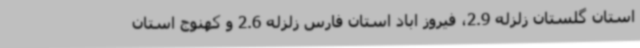
استان گلستان زلزله 2.9، فیروز اباد استان فارس زلزله 2.6 و کهنوج استان